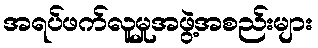
အရပ်ဖက်လူမှုအဖွဲ့အစည်းများ